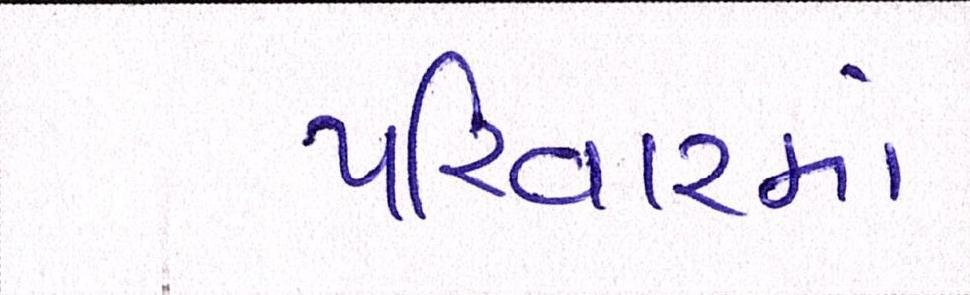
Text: પરિવારમાં